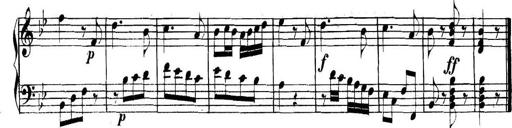
Title: Collected Piano Sonatas
Composer: Muzio Clementi